Leaving Certificate Examination (including Day School Certificate (Higher) General paper), 1929
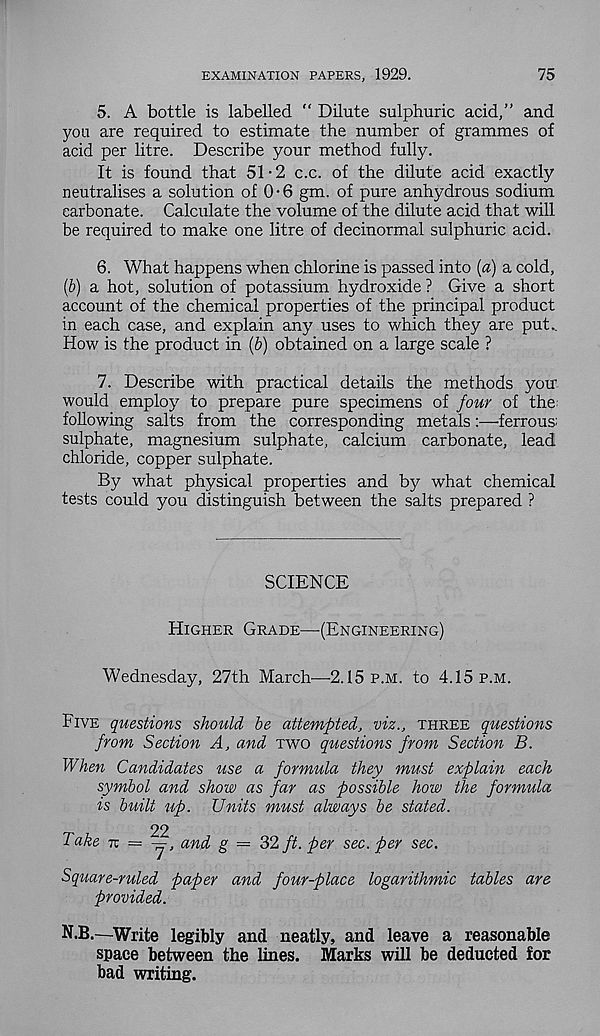
EXAMINATION PAPERS, 1929.
75
5. A bottle is labelled " Dilute sulphuric acid,” and
you are required to estimate the number of grammes of
acid per litre. Describe your method fully.
It is found that 51 • 2 c.c. of the dilute acid exactly
neutralises a solution of 0-6 gm. of pure anhydrous sodium
carbonate. Calculate the volume of the dilute acid that will
be required to make one litre of decinormal sulphuric acid.
6. What happens when chlorine is passed into {a) a cold,
(b) a hot, solution of potassium hydroxide ? Give a short
account of the chemical properties of the principal product
in each case, and explain any uses to which they are put..
How is the product in (b) obtained on a large scale ?
7. Describe with practical details the methods you
would employ to prepare pure specimens of four of the
following salts from the corresponding metals:—ferrous;
sulphate, magnesium sulphate, calcium carbonate, lead
chloride, copper sulphate.
By what physical properties and by what chemical
tests could you distinguish between the salts prepared ?
SCIENCE
Higher Grade—(Engineering)
Wednesday, 27th March—2.15 p.m. to 4.15 p.m.
Five questions should be attempted, viz., three questions
from Section A, and two questions from Section B.
When Candidates use a formula they must explain each
symbol and show as far as possible how the formula
is built up. Units must always be stated.
22
Take tt = y, and g — 32 ft. per sec. per sec.
Square-ruled paper and four-place logarithmic tables are
provided.
N.B.—Write legibly and neatly, and leave a reasonable
space between the lines. Marks will be deducted for
bad writing.